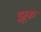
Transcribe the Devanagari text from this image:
झूक